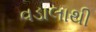
વડાલાથી